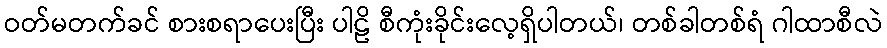
ဝတ်မတက်ခင် စားစရာပေးပြီး ပါဠိ စီကုံးခိုင်းလေ့ရှိပါတယ်၊ တစ်ခါတစ်ရံ ဂါထာစီလဲ